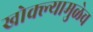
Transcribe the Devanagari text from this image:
खोक्ल्यामुळेच